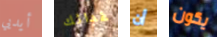
أيديي غدائك أن يكون